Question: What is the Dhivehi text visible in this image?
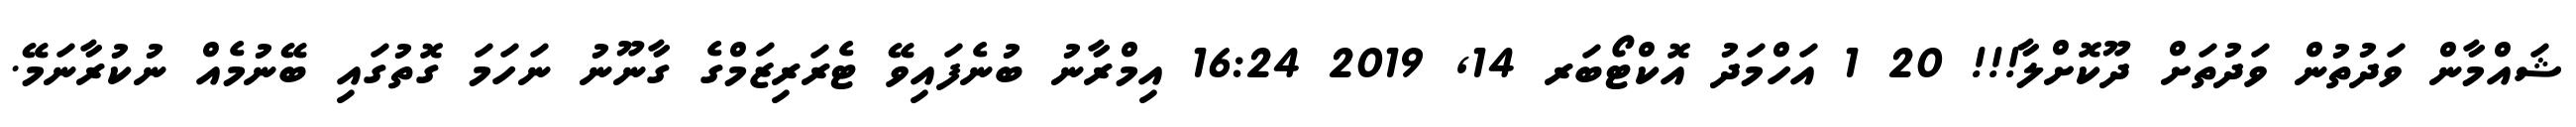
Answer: ޝައްމާން ވަދުތުން ވަދުތަށް ދޫކޮށްލާ!!! 20 1 އަހްމަދު އޮކްޓޯބަރ 14, 2019 16:24 އިމްރާނު ބުނެފައިވޭ ޓެރަރިޒަމްގެ ގާނޫނު ނަހަމަ ގޮތުގައި ބޭނުމެއް ނުކުރާނަމޭ.